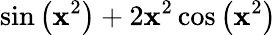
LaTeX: \sin\left(\mathbf{x}^{2}\right)+2\mathbf{x}^{2}\cos\left(\mathbf{x}^{2}\right)